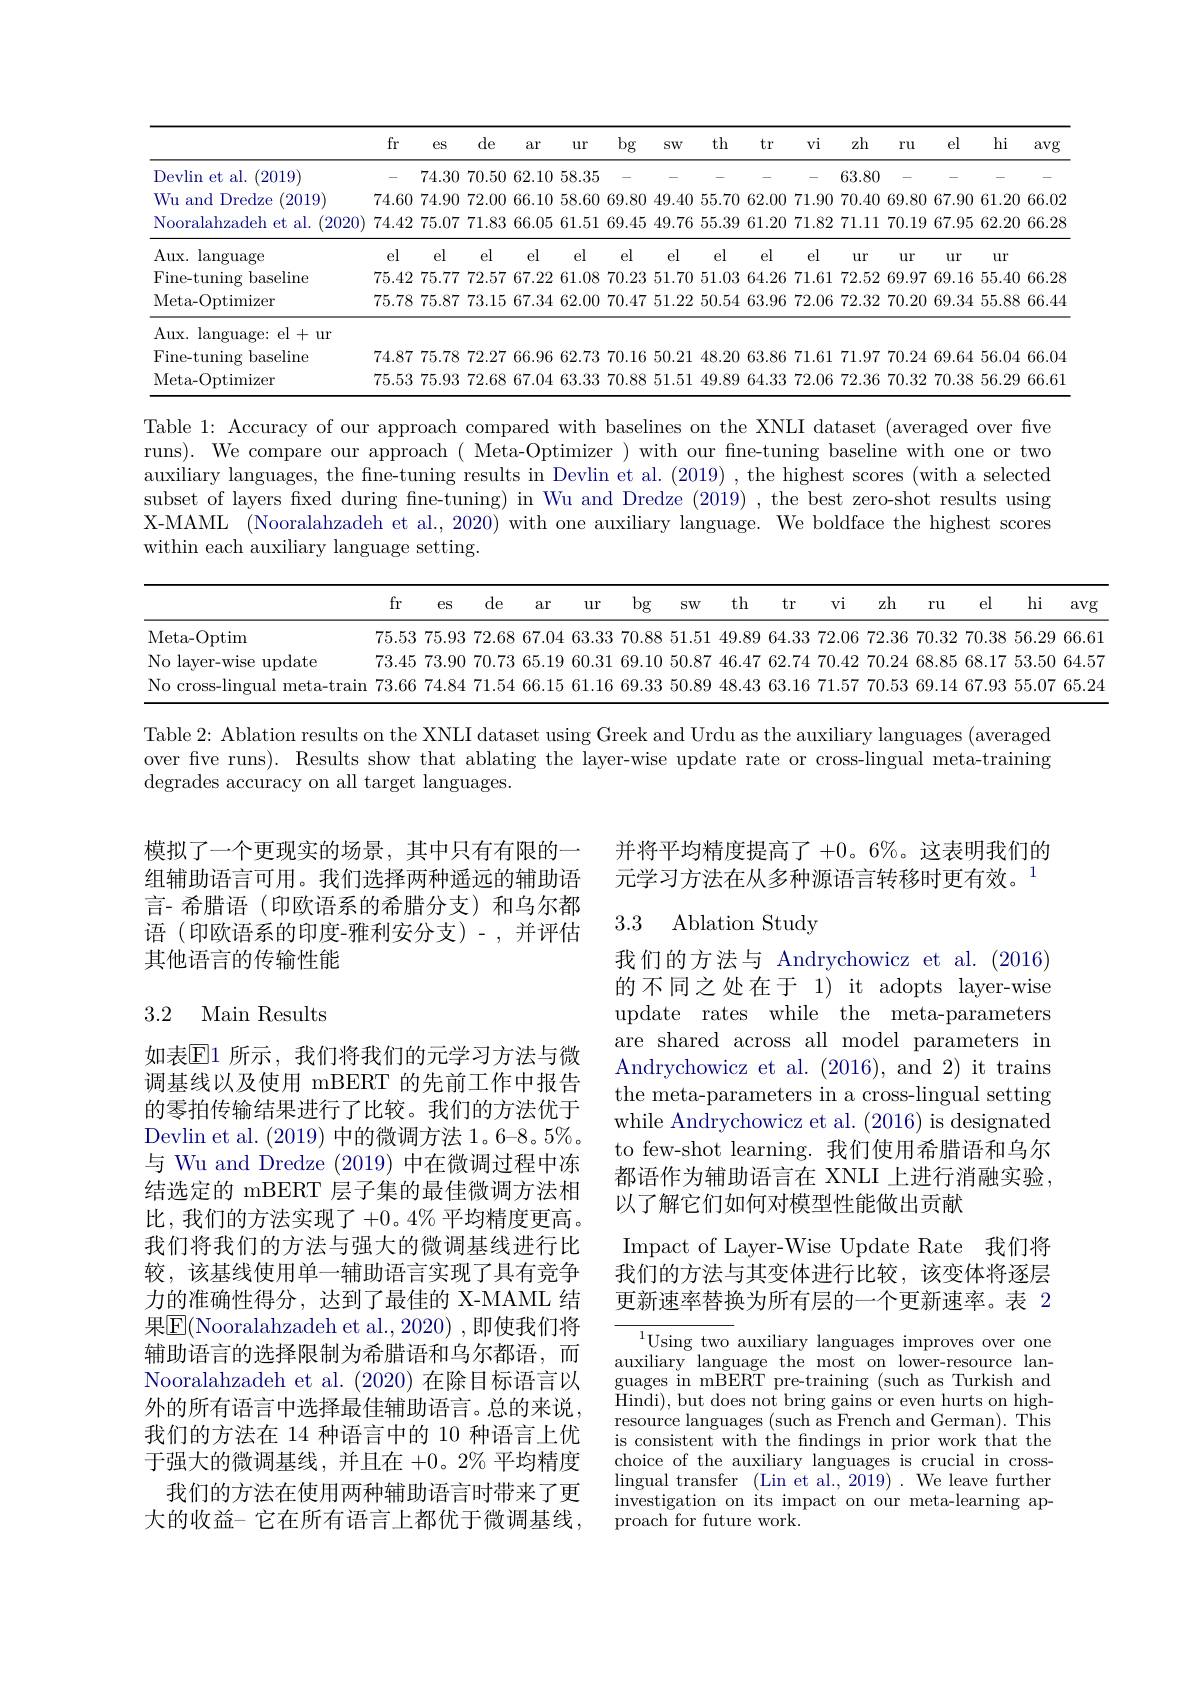
<table>
	<tbody>
		<tr>
			<th> </th>
			<th>fr</th>
			<th>$eS$</th>
			<th>de</th>
			<th>ar</th>
			<th>$ur$</th>
			<th>bg</th>
			<th>SW</th>
			<th>th</th>
			<th>$vi$</th>
			<th>zh</th>
			<th>ru</th>
			<th>el</th>
			<th>hi</th>
			<th>avg</th>
		</tr>
		<tr>
			<td>Devlin et al. (2019)</td>
			<td>-</td>
			<td>74.30</td>
			<td>70.50</td>
			<td>62.10</td>
			<td>58.35</td>
			<td>-</td>
			<td>-</td>
			<td>-</td>
			<td>-</td>
			<td>63.80</td>
			<td>- </td>
			<td>-</td>
			<td>- </td>
			<td>-</td>
		</tr>
		<tr>
			<td>Wu and Dredze 2019</td>
			<td>74.60</td>
			<td>74.90</td>
			<td>72.00</td>
			<td>66.10</td>
			<td>58.60</td>
			<td>69.80</td>
			<td>49.40</td>
			<td>55.70</td>
			<td>71.90</td>
			<td>70.40</td>
			<td>69.80</td>
			<td>67.90</td>
			<td>61.20</td>
			<td>66.02</td>
		</tr>
		<tr>
			<td>Nooralahzadeh et al. (2020</td>
			<td>74.42</td>
			<td>75.07</td>
			<td>71.83</td>
			<td>66.05</td>
			<td>61.51</td>
			<td>69.45</td>
			<td>49.76</td>
			<td>55.39</td>
			<td>71.82</td>
			<td>71.11</td>
			<td>70.19</td>
			<td>67.95</td>
			<td>62.20</td>
			<td>66.28</td>
		</tr>
		<tr>
			<td>Aux. language</td>
			<td>el</td>
			<td>el</td>
			<td>el</td>
			<td>el</td>
			<td>el</td>
			<td>el</td>
			<td>el</td>
			<td>el</td>
			<td>el</td>
			<td>$ur$</td>
			<td>$ur$</td>
			<td>$ur$</td>
			<td>$ur$</td>
			<td> </td>
		</tr>
		<tr>
			<td>Fine-tuning ? F baseline</td>
			<td>75.42</td>
			<td>75.77</td>
			<td>72.57</td>
			<td>67.22</td>
			<td>61.08</td>
			<td>70.23</td>
			<td>51.70</td>
			<td>51.03</td>
			<td>71.61</td>
			<td>72.52</td>
			<td>69.97</td>
			<td>69.16</td>
			<td>55.40</td>
			<td>66.28</td>
		</tr>
		<tr>
			<td>Meta- Optimizer</td>
			<td>75.78</td>
			<td>75.87</td>
			<td>73.15</td>
			<td>67.34</td>
			<td>62.00</td>
			<td>70.47</td>
			<td>51.22</td>
			<td>50.54</td>
			<td>72.06</td>
			<td>72.32</td>
			<td>70.20</td>
			<td>69.34</td>
			<td>55.88</td>
			<td>66.44</td>
		</tr>
		<tr>
			<td>Aux. language: el+ur</td>
			<td> </td>
			<td> </td>
			<td> </td>
			<td> </td>
			<td> </td>
			<td> </td>
			<td> </td>
			<td> </td>
			<td> </td>
			<td> </td>
			<td> </td>
			<td> </td>
			<td> </td>
			<td> </td>
		</tr>
		<tr>
			<td>Fine-tuning $rf$ baseline</td>
			<td>74.87</td>
			<td>75.78</td>
			<td>72.27</td>
			<td>66.96</td>
			<td>62.73</td>
			<td>70.16</td>
			<td>50.21</td>
			<td>48.20</td>
			<td>71.61</td>
			<td>71.97</td>
			<td>70.24</td>
			<td>69.64</td>
			<td>56.04</td>
			<td>66.04</td>
		</tr>
		<tr>
			<td>Meta- Optimizer</td>
			<td>75.53</td>
			<td>75.93</td>
			<td>72.68</td>
			<td>67.04</td>
			<td>63.33</td>
			<td>70.88</td>
			<td>51.51</td>
			<td>49.89</td>
			<td>72.06</td>
			<td>72.36</td>
			<td>70.32</td>
			<td>70.38</td>
			<td>56.29</td>
			<td>66.61</td>
		</tr>
	</tbody>
</table>

Table 1: Accuracy of our approach compared with baselines on the XNLI dataset (averaged over five runs). We compare our approach( Meta-Optimizer) with our fne-tuning baseline with one or two auxiliary languages, the fine-tuning results in Devlin et al. (2019) , the highest scores (with a selected subset of layers fixed during fine-tuning) in Wu and Dredze (2019) , the best zero-shot results using X-MAML (Nooralahzadeh et al., 2020) with one auxiliary language. We boldface the highest scores within each auxiliary language setting.

avg
<table>
	<tbody>
		<tr>
			<th> </th>
			<th>fr</th>
			<th>$eS$</th>
			<th>de</th>
			<th>ar</th>
			<th>$ur$</th>
			<th>bg</th>
			<th>$SW$</th>
			<th>tr</th>
			<th>$v\dot{\mathbf{i}}$</th>
			<th>zh</th>
			<th>$ru$</th>
			<th>el</th>
			<th>hi</th>
		</tr>
		<tr>
			<td>Meta- Optim</td>
			<td>75.53</td>
			<td>75.93</td>
			<td>72.68</td>
			<td>67.04</td>
			<td>63.33</td>
			<td>70.88</td>
			<td>51.51</td>
			<td>64.33</td>
			<td>72.06</td>
			<td>72.36</td>
			<td>70.32</td>
			<td>70.38</td>
			<td>56.29</td>
		</tr>
		<tr>
			<td>No layer-wise update</td>
			<td>73.45</td>
			<td>73.90</td>
			<td>70.73</td>
			<td>65.19</td>
			<td>60.31</td>
			<td>69.10</td>
			<td>50.87</td>
			<td>62.74</td>
			<td>70.42</td>
			<td>70.24</td>
			<td>68.85</td>
			<td>68.17</td>
			<td>53.50</td>
		</tr>
		<tr>
			<td>No cross-lingual meta- train</td>
			<td>73.66</td>
			<td>74.84</td>
			<td>71.54</td>
			<td>66.15</td>
			<td>61.16</td>
			<td>69.33</td>
			<td>50.89</td>
			<td>63.16</td>
			<td>71.57</td>
			<td>70.53</td>
			<td>69.14</td>
			<td>67.93</td>
			<td>55.07</td>
		</tr>
	</tbody>
</table>

Table 2: Ablation results on the XNLI dataset using Greek and Urdu as the auxiliary languages (averaged over five runs). Results show that ablating the layer-wise update rate or cross-lingual meta-training degrades accuracy on all target languages.

模拟了一个更现实的场景，其中只有有限的一 并将平均精度提高了+0。6%。这表明我们的
元学习方法在从多种源语言转移时更有效。$^{1}$

组辅助语言可用。我们选择两种遥远的辅助语言- 希腊语(印欧语系的希腊分支)和乌尔都语 (印欧语系的印度-雅利安分支)-,并评估其他语言的传输性能

# 3.3 Ablation Study

## 3.2 Main Results

我们的方法与 Andrychowicz et al.(2016) 的不同之处在于 1) it adopts layer-wise update rates while the meta-parameters are shared across all model parameters in Andrychowicz et al. (2016), and 2) it trains the meta-parameters in a cross-lingual setting while Andrychowicz et al. (2016) is designated to few-shot learning.我们使用希腊语和乌尔都语作为辅助语言在 XNLI 上进行消融实验， 以了解它们如何对模型性能做出贡献

Impact of Layer-Wise Update Rate 我们将我们的方法与其变体进行比较，该变体将逐层更新速率替换为所有层的一个更新速率。表 2

如表$\overline{\mathbb{E}}$1 所示，我们将我们的元学习方法与微调基线以及使用 mBERT 的先前工作中报告的零拍传输结果进行了比较。我们的方法优于Devlin et al. (2019)中的微调方法 1。6-8。5%。与 Wu and Dredze (2019)中在微调过程中冻结选定的 mBERT 层子集的最佳微调方法相比，我们的方法实现了+0。4%平均精度更高。我们将我们的方法与强大的微调基线进行比较，该基线使用单一辅助语言实现了具有竞争力的准确性得分，达到了最佳的 X-MAML 结果$\boxed{\mathrm{F}}($Nooralahzadeh et al., 2020) , 即使我们将辅助语言的选择限制为希腊语和乌尔都语，而Nooralahzadeh et al. (2020)在除目标语言以外的所有语言中选择最佳辅助语言。总的来说， 我们的方法在 14 种语言中的 10 种语言上优于强大的微调基线，并且在+0。2% 平均精度
我们的方法在使用两种辅助语言时带来了更大的收益- 它在所有语言上都优于微调基线

${\overline{{^{1}\text{Using two }}}}$auxiliary languages improves over one $\operatorname*{auxiliary}_{\mathrm{DEDDD}}$ language the most on lower-resource languages in mBERT pre-training (such as Turkish and Hindi), but does not bring gains or even hurts on highresource languages (such as French and German). This is consistent with the fndings in prior work that the choice of the auxiliary languages is crucial in crosslingual transfer (Lin et al., 2019) . We leave further investigation on its impact on our meta- learning ap- proach for future work.